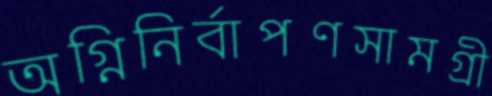
অগ্নিনির্বাপণসামগ্রী